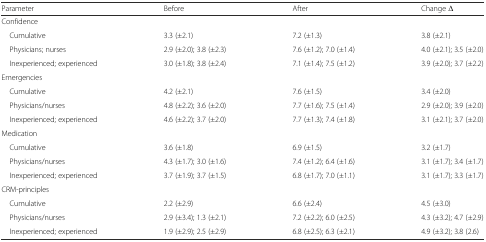
<table><thead><tr><td><b>Parameter</b></td><td><b>Before</b></td><td><b>After</b></td><td><b>Change Δ</b></td></tr></thead><tbody><tr><td colspan="4">Confidence</td></tr><tr><td> Cumulative</td><td>3.3 (±2.1)</td><td>7.2 (±1.3)</td><td>3.8 (±2.1)</td></tr><tr><td> Physicians; nurses</td><td>2.9 (±2.0); 3.8 (±2.3)</td><td>7.6 (±1.2); 7.0 (±1.4)</td><td>4.0 (±2.1); 3.5 (±2.0)</td></tr><tr><td> Inexperienced; experienced</td><td>3.0 (±1.8); 3.8 (±2.4)</td><td>7.1 (±1.4); 7.5 (±1.2)</td><td>3.9 (±2.0); 3.7 (±2.2)</td></tr><tr><td colspan="4">Emergencies</td></tr><tr><td> Cumulative</td><td>4.2 (±2.1)</td><td>7.6 (±1.5)</td><td>3.4 (±2.0)</td></tr><tr><td> Physicians/nurses</td><td>4.8 (±2.2); 3.6 (±2.0)</td><td>7.7 (±1.6); 7.5 (±1.4)</td><td>2.9 (±2.0); 3.9 (±2.0)</td></tr><tr><td> Inexperienced; experienced</td><td>4.6 (±2.2); 3.7 (±2.0)</td><td>7.7 (±1.3); 7.4 (±1.8)</td><td>3.1 (±2.1); 3.7 (±2.0)</td></tr><tr><td colspan="4">Medication</td></tr><tr><td> Cumulative</td><td>3.6 (±1.8)</td><td>6.9 (±1.5)</td><td>3.2 (±1.7)</td></tr><tr><td> Physicians/nurses</td><td>4.3 (±1.7); 3.0 (±1.6)</td><td>7.4 (±1.2); 6.4 (±1.6)</td><td>3.1 (±1.7); 3.4 (±1.7)</td></tr><tr><td> Inexperienced; experienced</td><td>3.7 (±1.9); 3.7 (±1.5)</td><td>6.8 (±1.7); 7.0 (±1.1)</td><td>3.1 (±1.7); 3.3 (±1.7)</td></tr><tr><td colspan="4">CRM-principles</td></tr><tr><td> Cumulative</td><td>2.2 (±2.9)</td><td>6.6 (±2.4)</td><td>4.5 (±3.0)</td></tr><tr><td> Physicians/nurses</td><td>2.9 (±3.4); 1.3 (±2.1)</td><td>7.2 (±2.2); 6.0 (±2.5)</td><td>4.3 (±3.2); 4.7 (±2.9)</td></tr><tr><td> Inexperienced; experienced</td><td>1.9 (±2.9); 2.5 (±2.9)</td><td>6.8 (±2.5); 6.3 (±2.1)</td><td>4.9 (±3.2); 3.8 (2.6)</td></tr></tbody></table>